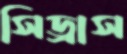
সিড্রাস